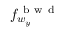
f _ { w _ { y } } ^ { \mathrm { ~ b ~ w ~ d ~ } }